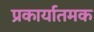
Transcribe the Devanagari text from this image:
प्रकार्यातमक